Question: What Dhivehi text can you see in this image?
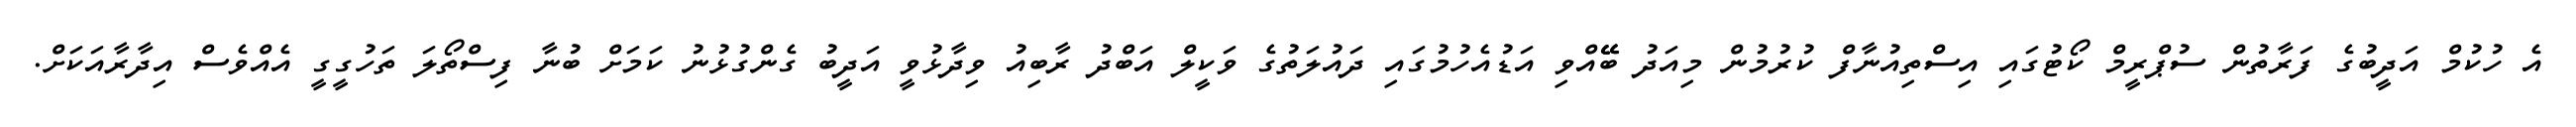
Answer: އެ ހުކުމް އަދީބުގެ ފަރާތުން ސުޕްރީމް ކޯޓުގައި އިސްތިއުނާފް ކުރުމުން މިއަދު ބޭޭއްވި އަޑުއެހުމުގައި ދައުލަތުގެ ވަކީލް އަބްދު ރާބިއު ވިދާޅުވީ އަދީބު ގެންގުޅުނު ކަމަށް ބުނާ ފިސްތޯލަ ތަހުގީގީ އެއްވެސް އިދާރާއަކަށް.